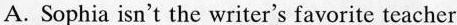
A. Sophia isn't the writer's favorite teacher